Note on the mental hospitals in Burma - 1925-1940
Year: 1925
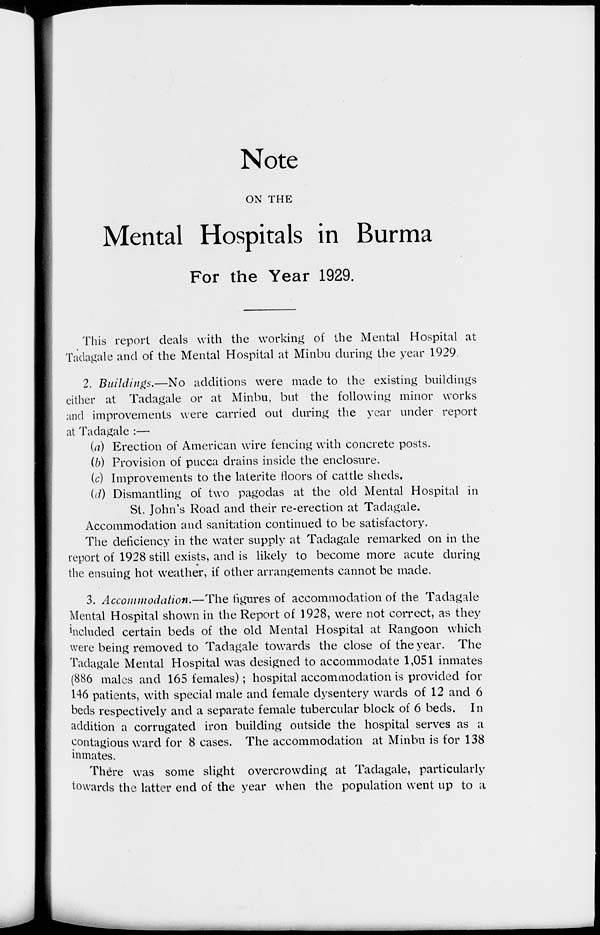
Note
ON THE
Mental Hospitals in Burma
For the Year 1929.
This report deals with the working of the Mental Hospital at
Tadagale and of the Mental Hospital at Minbu during the year 1929.
2. Buildings.—No additions were made to the existing buildings
either at Tadagale or at Minbu, but the following minor works
and improvements were carried out during the year under report
at Tadagale :—
(a) Erection of American wire fencing with concrete posts.
(b) Provision of pucca drains inside the enclosure.
(c) Improvements to the laterite floors of cattle sheds.
(d) Dismantling of two pagodas at the old Mental Hospital in
St. John's Road and their re-erection at Tadagale.
Accommodation and sanitation continued to be satisfactory.
The deficiency in the water supply at Tadagale remarked on in the
report of 1928 still exists, and is likely to become more acute during
the ensuing hot weather, if other arrangements cannot be made.
3. Accommodation.—The figures of accommodation of the Tadagale
Mental Hospital shown in the Report of 1928, were not correct, as they
included certain beds of the old Mental Hospital at Rangoon which
were being removed to Tadagale towards the close of the year. The
Tadagale Mental Hospital was designed to accommodate 1,051 inmates
(886 males and 165 females); hospital accommodation is provided for
146 patients, with special male and female dysentery wards of 12 and 6
beds respectively and a separate female tubercular block of 6 beds. In
addition a corrugated iron building outside the hospital serves as a
contagious ward for 8 cases. The accommodation at Minbu is for 138
inmates.
There was some slight overcrowding at Tadagale, particularly
towards the latter end of the year when the population went up to a